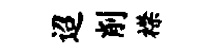
迢削襟